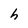
Character: h